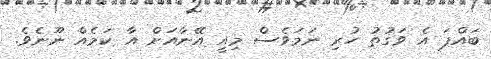
ބައްޕަ އެ ވަގުތު ހުރި ނަމަވެސް މިއީ އޭނާއަށް އާ ކަމެއް ނޫނެވެ.